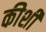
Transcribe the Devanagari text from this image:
कीशी